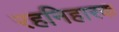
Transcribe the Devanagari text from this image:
रहनिहारक